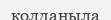
колданыла